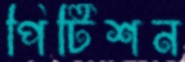
পিটিশন